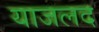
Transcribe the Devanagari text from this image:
याजलद